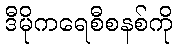
ဒီမိုကရေစီစနစ်ကို